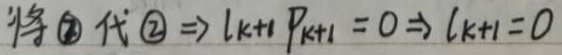
将 \textcircled{3} 代入 \textcircled{2} $\Rightarrow l_{k + 1}p_{k+1}=0\Rightarrow l_{k + 1}=0$